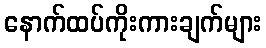
နောက်ထပ်ကိုးကားချက်များ